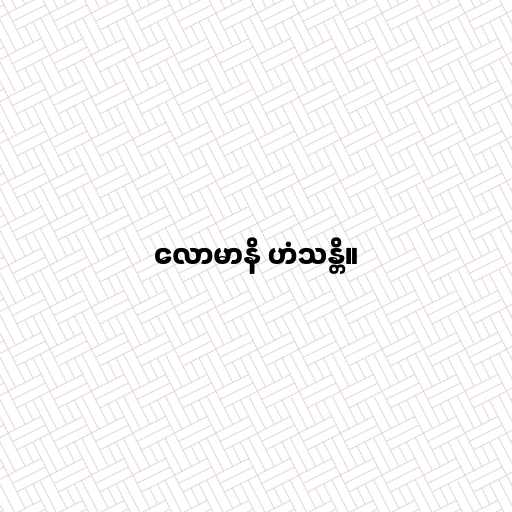
လောမာနိ ဟံသန္တိ။